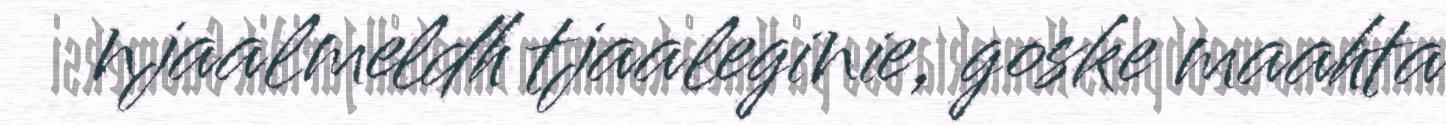
njaalmeldh tjaaleginie, goske maahta